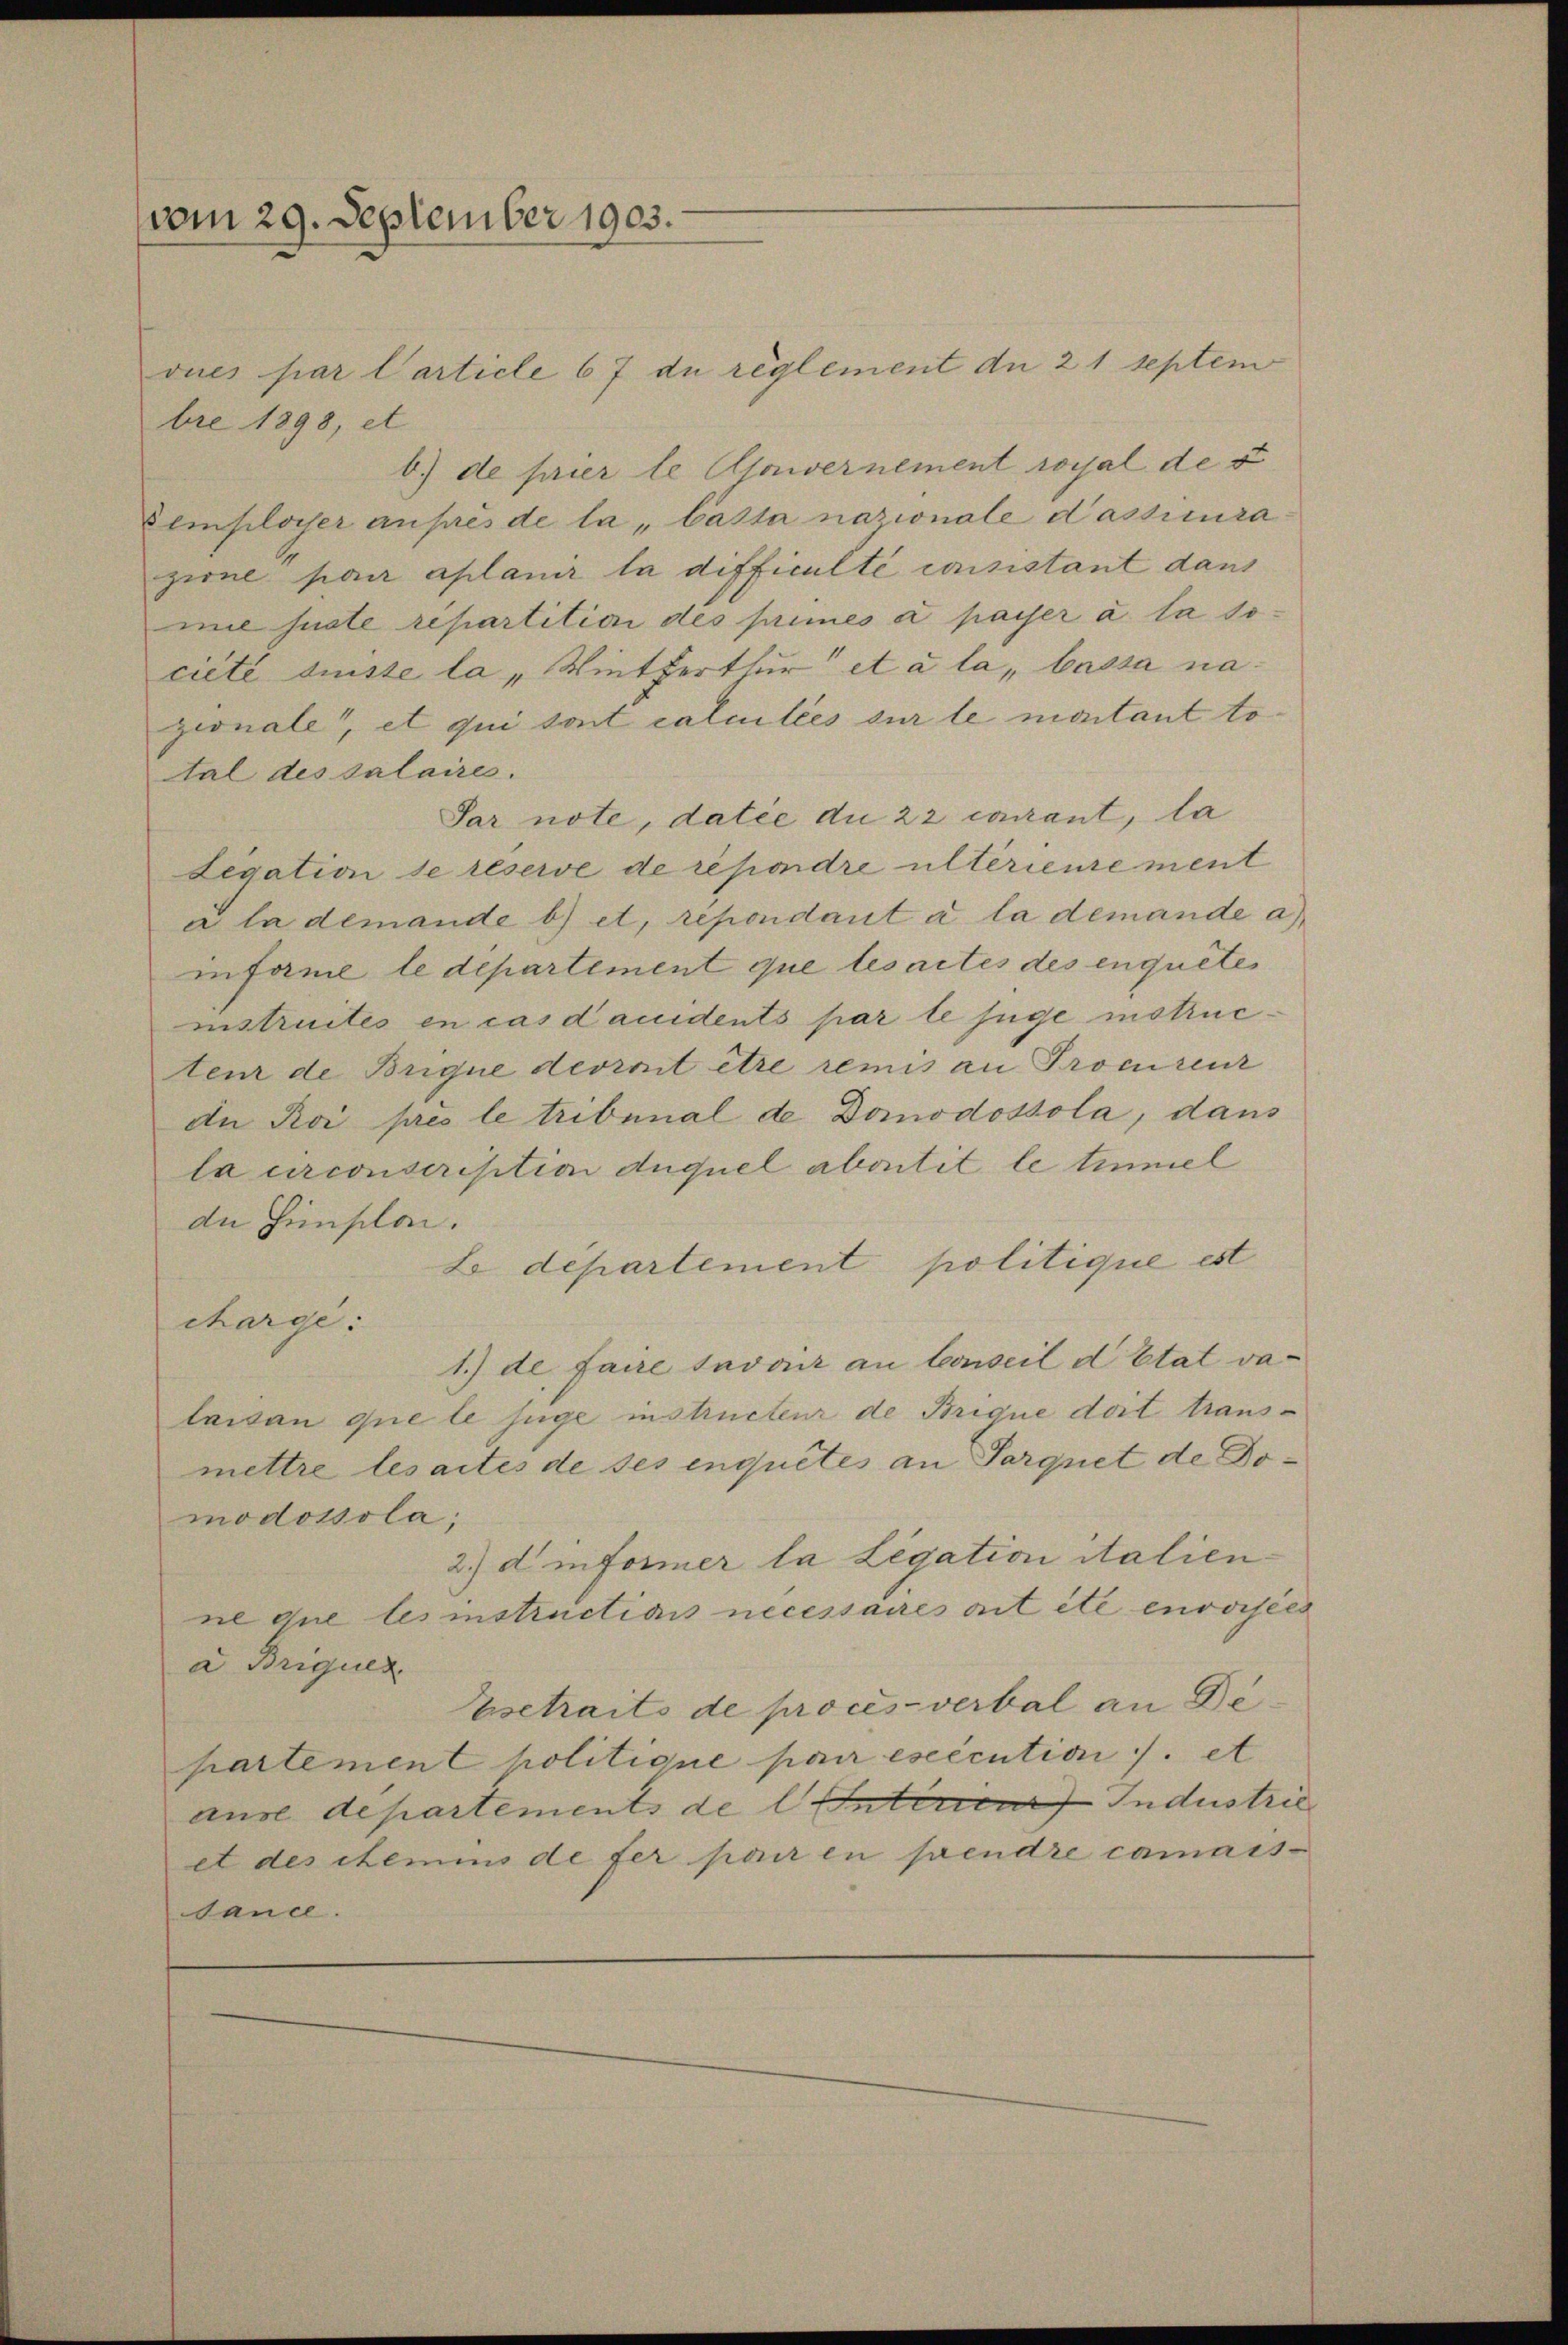
vom 29. September 1903.

vues par Carticle 67 de reglement du 21 Septem
bre 1898, et
b.) de pier le Couvernement royal der
Eemploiser auprès de la Casta nazionale dassecura
zieul paar aplanir la difficulté consistant dans
mil suste repartition des primés a passer à la société sunste la „Winterthur et a la, bassa nazionale, et qui sont calculées sur le montant total des salaires.
Par note, datie du 22 cocant, la
Legation se réserve de répondre ultérieurement
u la demande b) et, repondant à la demande a
infame le département que les actes des enquetes
instruites en cas dauidents par le juge instructem de Brique devront être remis an Procureur
du Roi pres le tribunal de Domodossola, dans
la arconscription duquel abontit le tumiel
dn Histon.
L departement politique est
charge:
1.) de faire savoir an Conseil d Etat valaisan que le juge instructeur de Brique doit transmettre lesaites de ses inquetes an Parquet de Domodossola
2.) d informer la Legation italien
ne die les instructions necessaires ait été envorsees
a Briquer.
Esetraits de procès-verbal an Departement politione par esecution ./. et
ause departements de l. Enterieur Industrie
et des itemins de fer par en pendre camaissance.

t